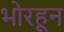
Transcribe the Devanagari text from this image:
भोरहून